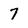
Character: 7